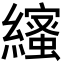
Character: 𦆥